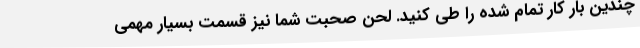
چندین بار کار تمام شده را طی کنید. لحن صحبت شما نیز قسمت بسیار مهمی